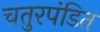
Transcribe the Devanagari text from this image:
चतुरपंडित